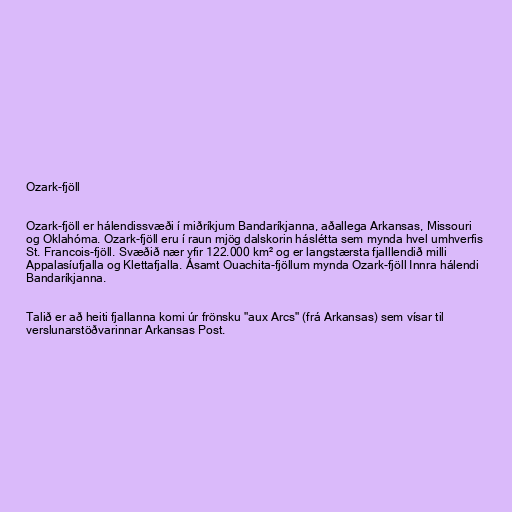
Ozark-fjöll

Ozark-fjöll er hálendissvæði í miðríkjum Bandaríkjanna, aðallega Arkansas, Missouri
og Oklahóma. Ozark-fjöll eru í raun mjög dalskorin háslétta sem mynda hvel umhverfis
St. Francois-fjöll. Svæðið nær yfir 122.000 km² og er langstærsta fjalllendið milli
Appalasíufjalla og Klettafjalla. Ásamt Ouachita-fjöllum mynda Ozark-fjöll Innra hálendi
Bandaríkjanna.

Talið er að heiti fjallanna komi úr frönsku "aux Arcs" (frá Arkansas) sem vísar til
verslunarstöðvarinnar Arkansas Post.